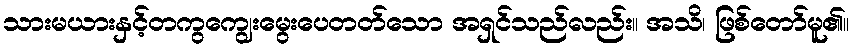
သားမယားနှင့်တကွကျွေးမွေးပေတတ်သော အရှင်သည်လည်း။ အသိ၊ ဖြစ်တော်မူ၏။